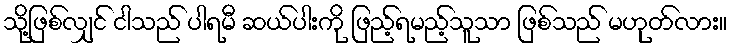
သို့ဖြစ်လျှင် ငါသည် ပါရမီ ဆယ်ပါးကို ဖြည့်ရမည့်သူသာ ဖြစ်သည် မဟုတ်လား။